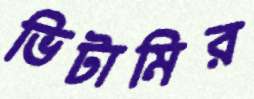
ভিটামির